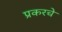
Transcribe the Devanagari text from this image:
प्रकरचे